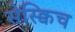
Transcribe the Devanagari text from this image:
सेस्क्विच